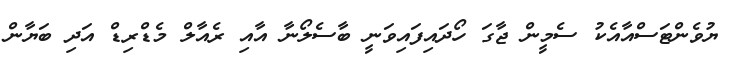
ޔުވެންޓަސްއާއެކު ސެމީން ޖާގަ ހޯދައިފައިވަނީ ބާސެލޯނާ އާއި ރެއާލް މެޑްރިޑް އަދި ބަޔާން